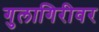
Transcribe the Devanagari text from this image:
गुलागिरीवर